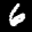
Label: 6